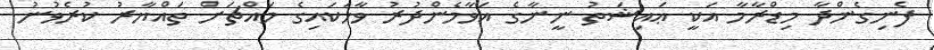
ފެނިގެންދާ މިޑްރާމާ އަކީ ޢައިޝަތު ނީނާގެ އަވާމެންދުރު ވާހަކައިގެ މައްޗަށް ތައްޔާރު ކުރެވުނު